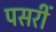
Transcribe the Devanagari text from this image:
पसरीं